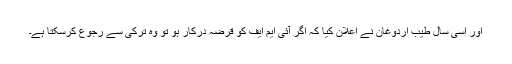
اور اسی سال طیب اردوغان نے اعلان کیا کہ اگر آئی ایم ایف کو قرضہ درکار ہو تو وہ ترکی سے رجوع کرسکتا ہے۔